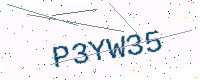
Text: P3YW35